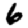
Digit: 6